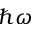
\hbar \omega